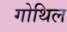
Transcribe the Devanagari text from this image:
गोथिल